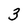
Character: 3